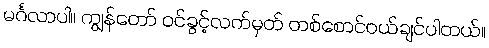
မင်္ဂလာပါ။ ကျွန်တော် ဝင်ခွင့်လက်မှတ် တစ်စောင်ဝယ်ချင်ပါတယ်။